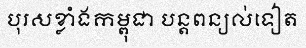
បុរសខ្លាំងកម្ពុជា បន្តពន្យល់ទៀត